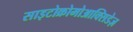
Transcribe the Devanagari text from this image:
साइटोक्रोमोआक्सिडेज़